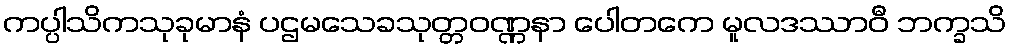
ကပ္ပါသိကသုခုမာနံ ပဌမသေခသုတ္တဝဏ္ဏနာ ပေါတကေ မူလဒဿာဝီ ဘက္ခသိ